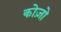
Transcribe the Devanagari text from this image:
कोज़ो